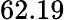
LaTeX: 62.19